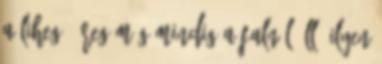
A lihegő öreg még mindig a falnál áll. Ilyen